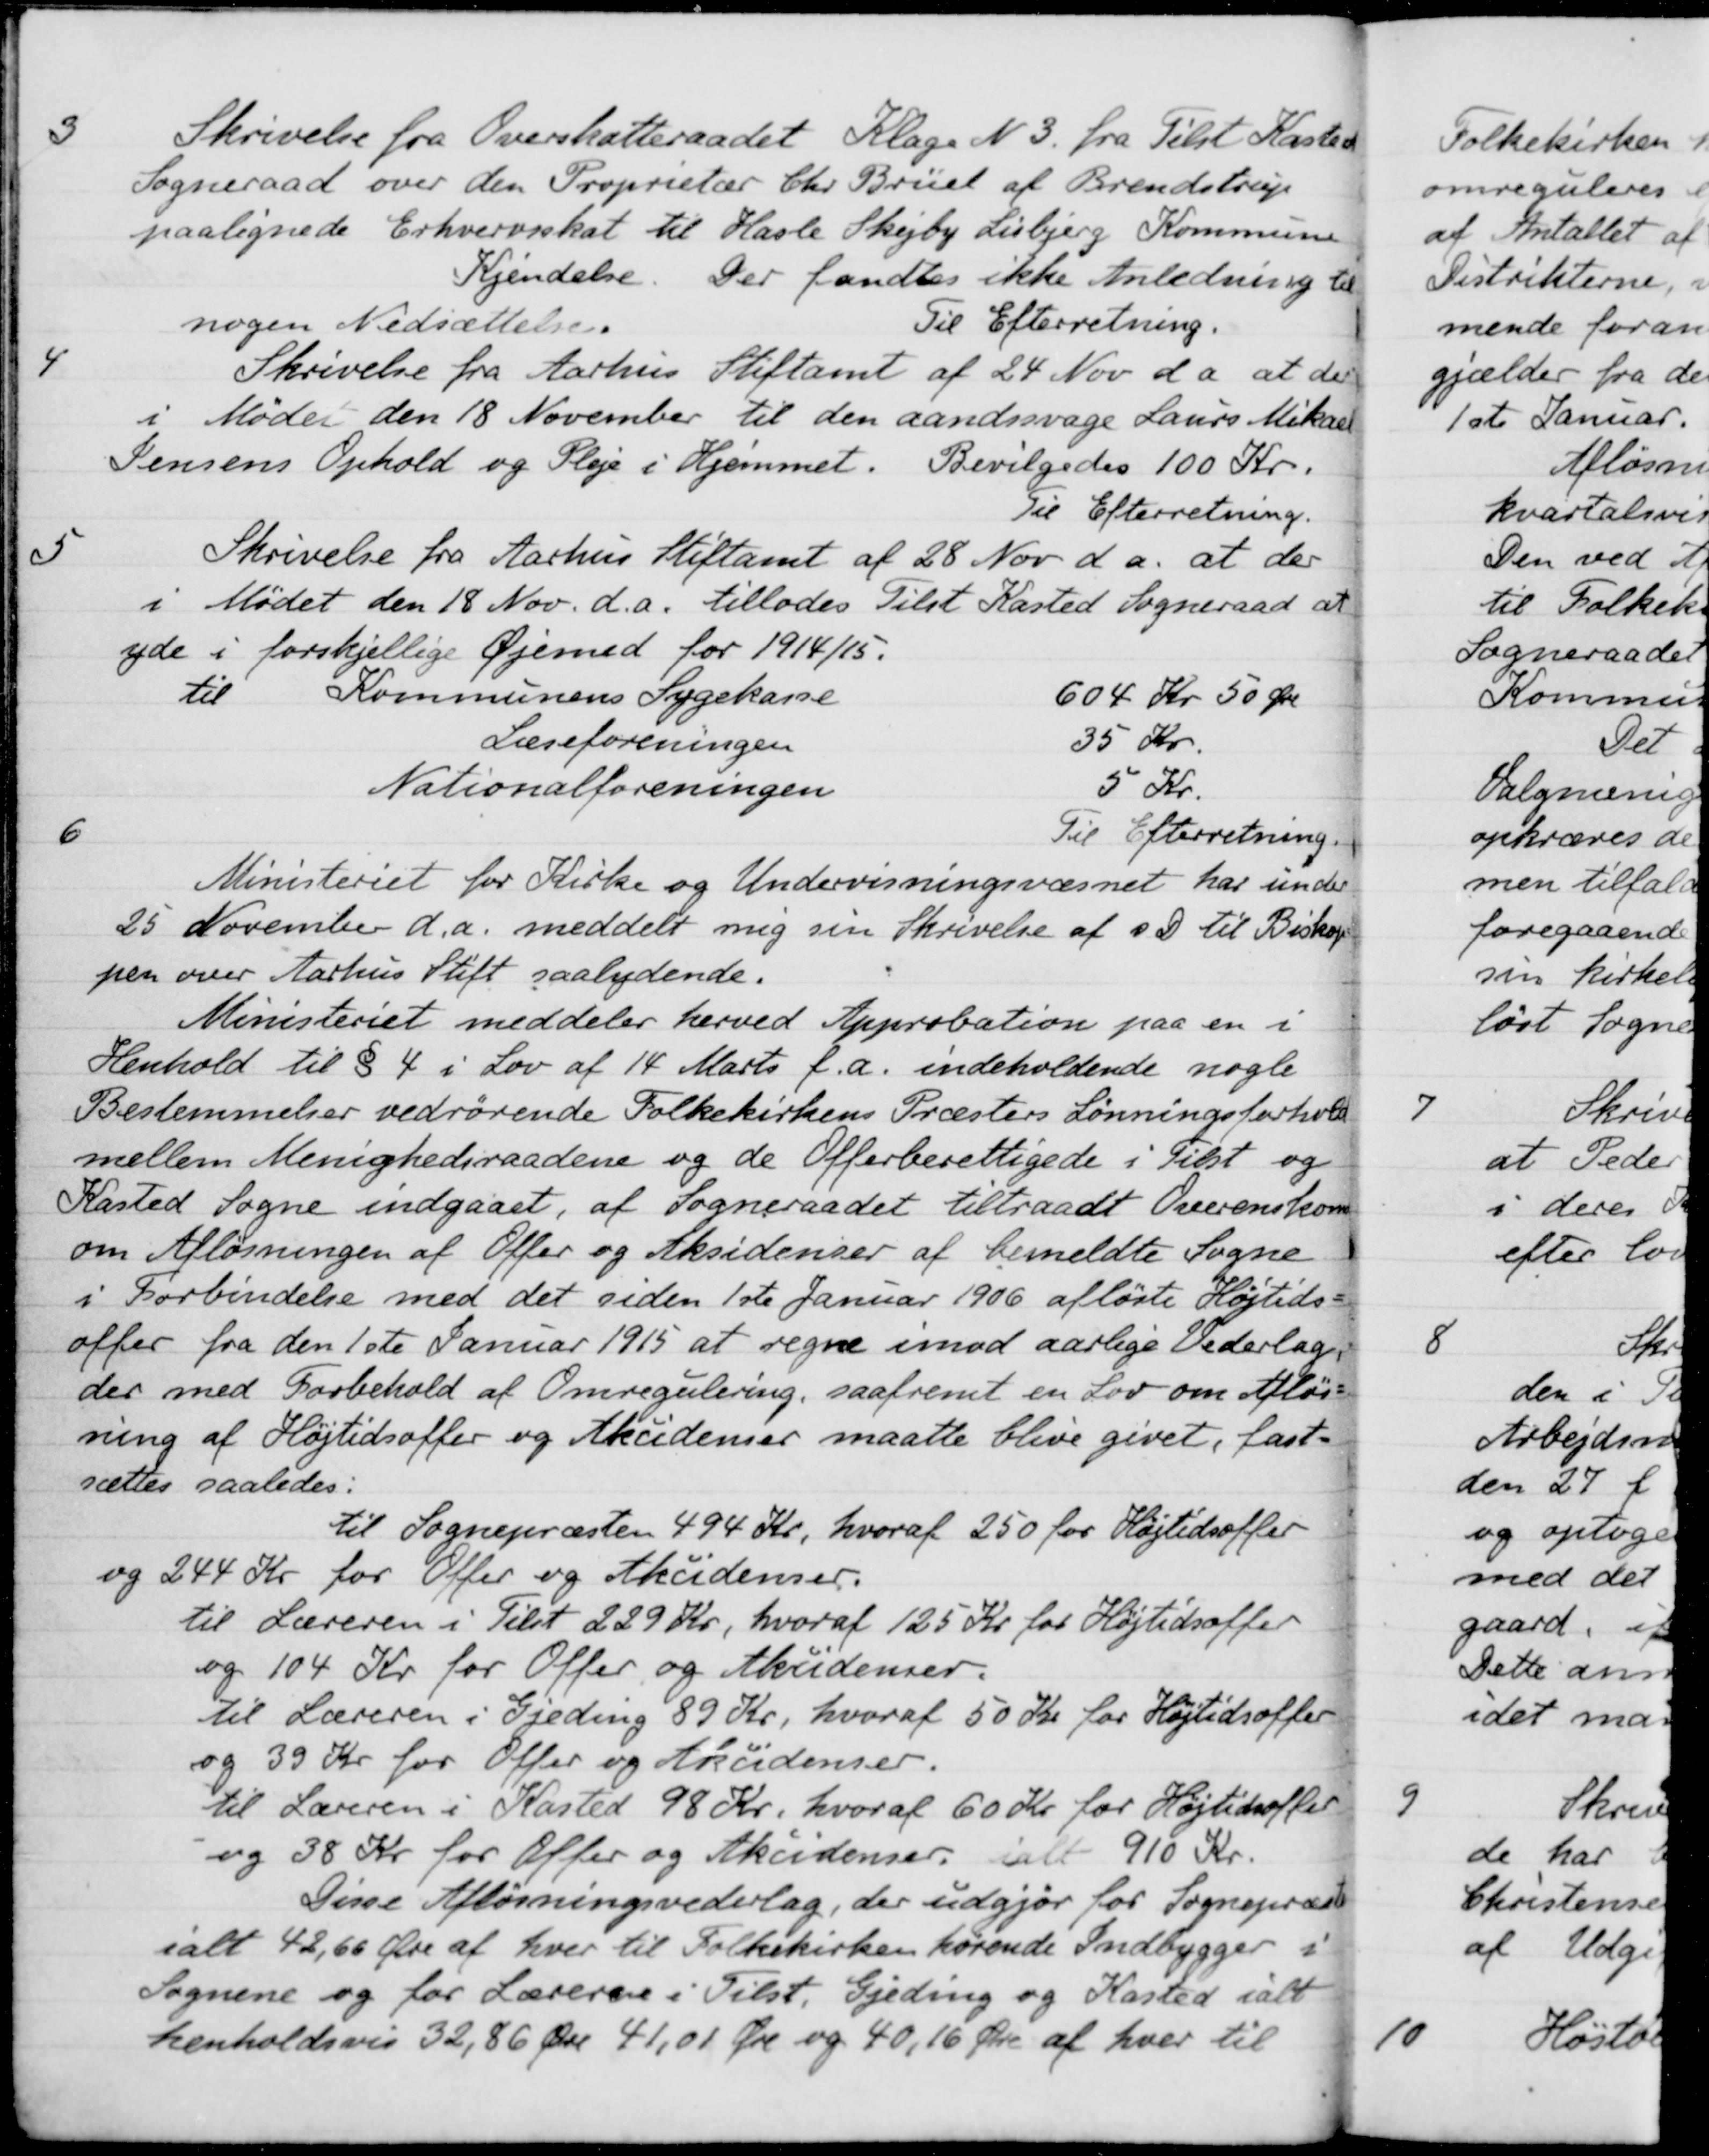
Transskription:
3
Skrivelse fra Overskatteraadet Klage N. 3. fra Tilst Kasted
Sogneraad over den Proprietær Chr. Brüel af Brendstrup
paalignede Erhvervsskat til Hasle Skejby Lisbjerg Kommune
Kjendelse. Der fandtes ikke Anledning til
nogen Nedsættelse.
Til Efterretning.
4
Skrivelse fra Aarhus Stiftamt af 24 Nov d a at der
i Mødet den 18 November til den aandssvage Laurs Mikael
Jensens Ophold og Pleje i Hjemmet. Bevilgedes 100 Kr.
Til Efterretning.
5
Skrivelse fra Aarhus Stiftamt af 28 Nov. d.a. at der
i Mødet den 18 Nov. d. A. tillades Tilst Kasted Sogneraad at
yde i forskjellige Øjemed for 1914/15.
til Kommunens Sygekasse
604 Kr 50 Øre
Læseforeningen
35 Kr.
Nationalforeningen
5 Kr.
Til Efterretning.
6
Ministeriet for Kirke og Undervisningsvæsnet har under
25 November d.a. meddelt mig sin Skrivelse af s. D. til Biskop
pen over Aarhus Stift saalydende.
Ministeriet meddeler herved Approbation paa en i
Henhold til § 4 i Lov af 14 Marts f. A. indeholdende nogle
Bestemmelser vedrørende Folkekirkens Præsters Lønningsforhold
mellem Menighedsraadene og de offerberettigede i Tilst og
Kasted Sogne indgaaet af Sogneraadet tiltraadt Overenskomst
om Afløsningen af Offer og Aksidenser af bemeldte Sogne
i Forbindelse med det siden 1ste Januar 1906 afløste Højtids
offer fra den 1ste Januar 1915 at regne imod aarlige Vederlag.
der med Forbehold af Omregulering, saafremt en Lov om Afløs-
ning af Højtidsoffer og Akcidemer maatte blive givet, fast
sættes saaledes:
til Sognepræsten 494 Kr, hvoraf 250 for Højtidsoffer
og 244 Kr for Offer og Akcidenser.
til Læreren i Tilst 229 Kr, hvoraf 125 Kr for Højtidsoffer
og 104 Kr for Offer og Aksidenser.
til Læreren i Gjeding 89 Kr, hvoraf 50 Kr for Højtidsoffer
og 39 Kr for Offer og Akcidenser.
til Læreren i Kasted 98 Kr., hvoraf 60 Kr for Højtidsoffer
og 38 Kr for Offer og Aksidenser, ialt 910 Kr.
Disse Afløsningsvederlag, der udgjør for Sognepræst
i alt 42,66 Øre af hver til Folkekirken hørende Indbygger i
Sognene og for Lærerene i Tilst. Gjeding og Kasted ialt
henholdsvis 32,86 Øre 41,01 Øre og 40,16 Øre af hver til